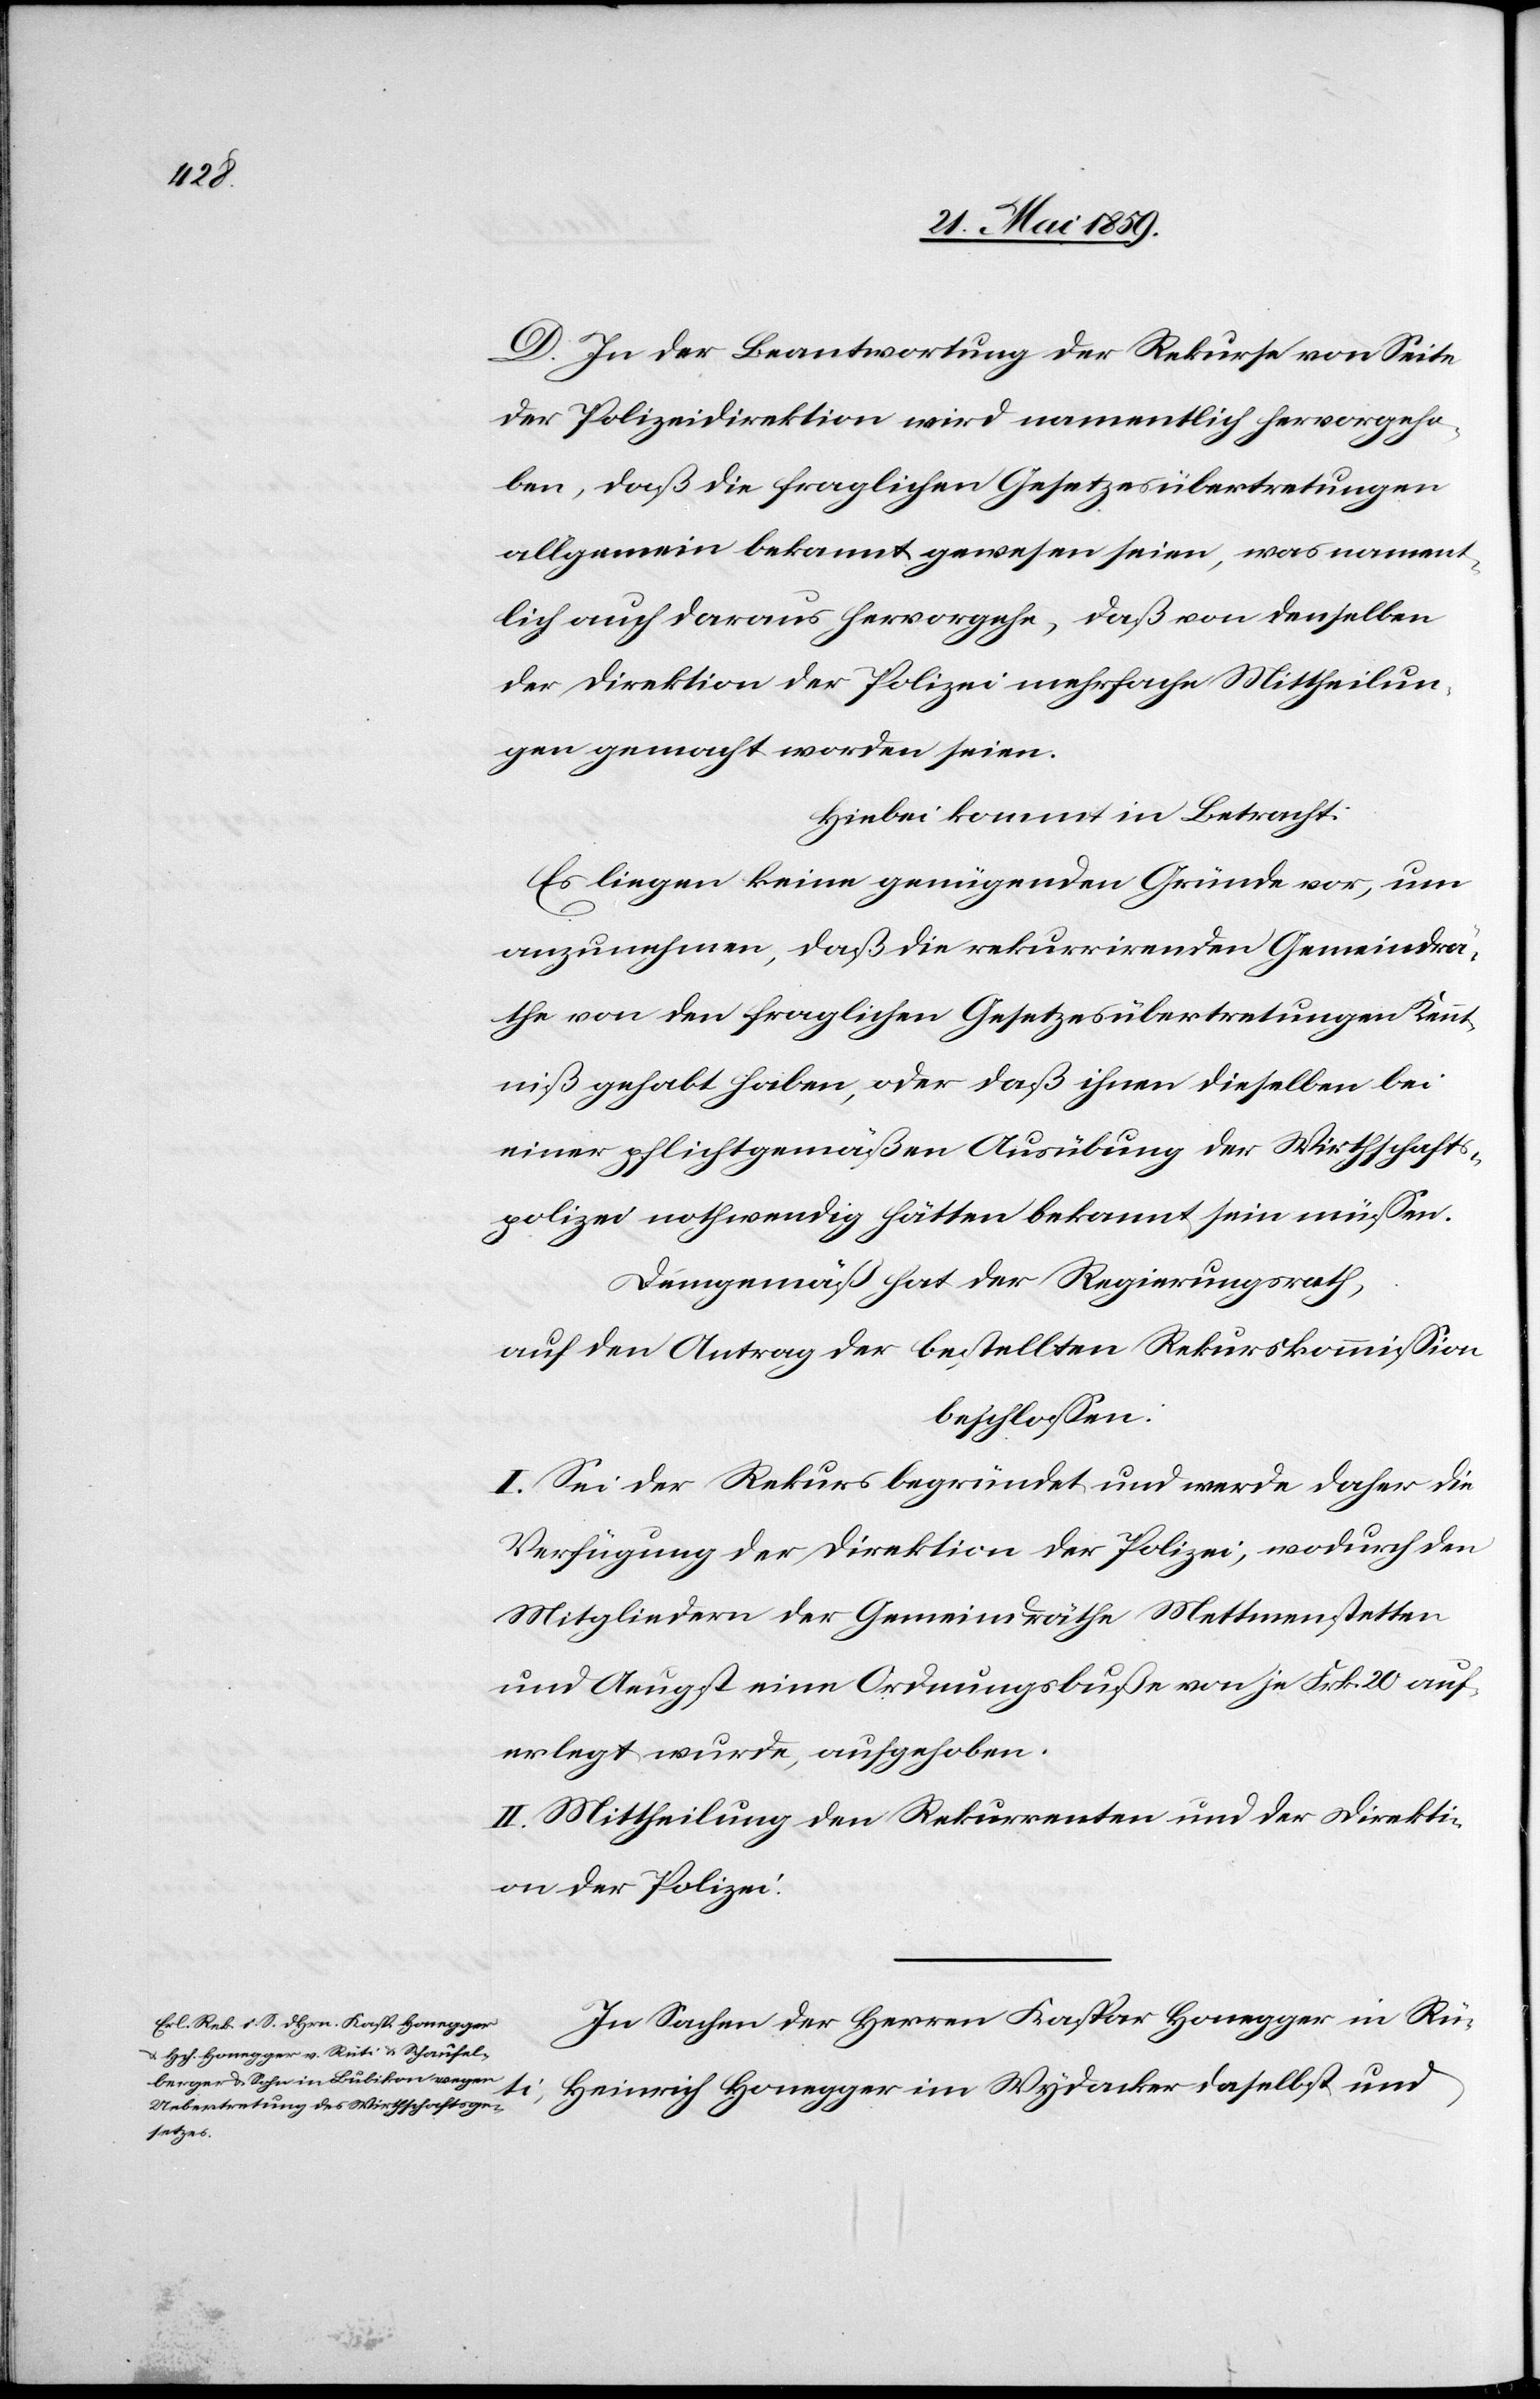
D. In der Beantwortung der Rekurse von Seite
der Polizeidirektion wird namentlich hervorgeho¬
ben, daß die fraglichen Gesetzesübertretungen
allgemein bekannt gewesen seien, was nament¬
lich auch daraus hervorgehe, daß von denselben
der Direktion der Polizei mehrfache Mittheilun¬
gen gemacht worden seien.
Hiebei kommt in Betracht:
Es liegen keine genügenden Gründe vor, um
anzunehmen, daß die rekurrierenden Gemeindrä¬
the von den fraglichen Gesetzesübertretungen Kennt¬
niß gehabt haben, oder daß ihnen dieselben bei
einer pflichtgemäßen Ausübung der Wirtschafts¬
polizei nothwendig hätten bekannt sein müssen.
Demgemäß hat der Regierungsrath,
auf den Antrag der bestellten Rekurskommission
beschlossen:
I. Sei der Rekurs begründet und werde daher die
Verfügung der Direktion der Polizei, wodurch den
Mitgliedern der Gemeindräthe Mettmenstetten
und Aeugst eine Ordnungsbuße von je Frk. 20 auf¬
erlegt wurde, aufgehoben.
II. Mittheilung den Rekurrenten und der Direkti¬
on der Polizei.
In Sachen der Herren Kaspar Honegger in Rüti,